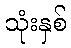
သုံးနှစ်